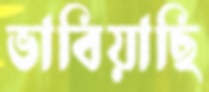
ভাবিয়াছি